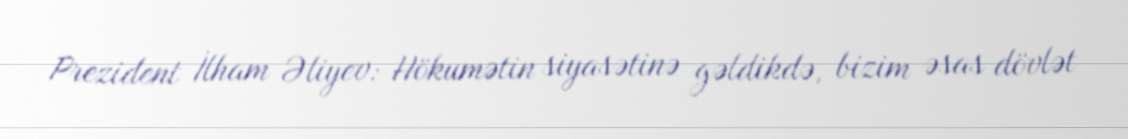
Prezident İlham Əliyev: Hökumətin siyasətinə gəldikdə, bizim əsas dövlət